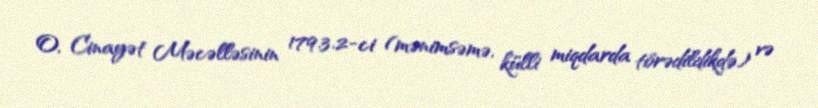
O, Cinayət Məcəlləsinin 179.3.2-ci (mənimsəmə, külli miqdarda törədildikdə) və